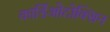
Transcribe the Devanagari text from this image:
कार्डिओटोक्सिन